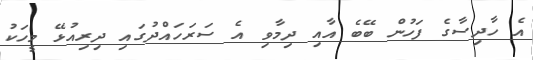
އެ ހާދިސާގެ ފަހުން ބޭބެ އާއި ދިމާވި އެ ސަރަހައްދުގައި ދިރިއުޅޭ މީހަކު